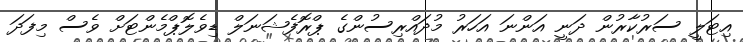
އިޓަލީ ސަރުކާރުން ދަނީ އަންނަ އަހަރު މުދައްރިސުންގެ ޕްރޮފެޝަނަލް ޑިވެލޮޕްމެންޓަށް ވެސް މިފަދަ